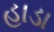
હાડા